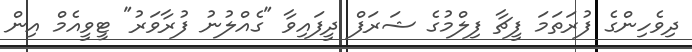
ދިވެހިންގެ ފުރަތަމަ ފީޗާ ފިލްމުގެ ޝަރަފް ދީފައިވާ "ގެއްލުނު ފުރާވަރު" ޓީވީއެމް އިން